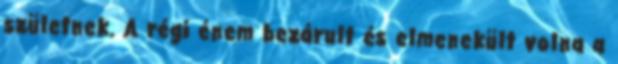
születnek. A régi énem bezárult és elmenekült volna a